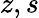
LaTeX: z,s